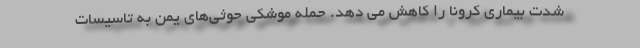
شدت بیماری کرونا را کاهش می دهد. حمله موشکی حوثی‌های یمن به تاسیسات